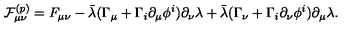
{ \cal F } _ { \mu \nu } ^ { ( p ) } = F _ { \mu \nu } - \bar { \lambda } ( \Gamma _ { \mu } + \Gamma _ { i } \partial _ { \mu } \phi ^ { i } ) \partial _ { \nu } \lambda + \bar { \lambda } ( \Gamma _ { \nu } + \Gamma _ { i } \partial _ { \nu } \phi ^ { i } ) \partial _ { \mu } \lambda .